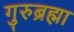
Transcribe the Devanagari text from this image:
गुरुब्रह्मा